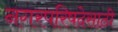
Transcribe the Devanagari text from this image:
नगरपरिषदेसाठी